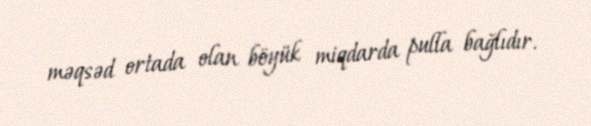
məqsəd ortada olan böyük miqdarda pulla bağlıdır.